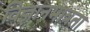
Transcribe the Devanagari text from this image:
विज्ञानमात्रता